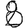
Digit: 8